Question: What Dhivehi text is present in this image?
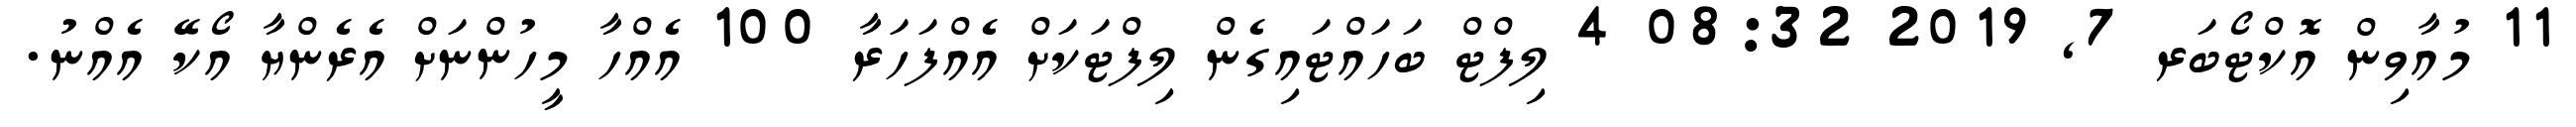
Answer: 11 މުއާވިން އޮކްޓޯބަރ 7, 2019 08:32 4 ލިފްޓް ބަހައްޓައިގެން ލިފްޓަކަށް އެއްފަހަރާ 100 އެއްހާ މީހުންނަށް އެރެންޔާ އޯކޭ އެއްނު.